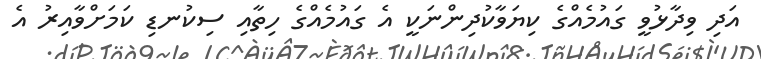
އަދި ވިދާޅުވީ ގައުމެއްގެ ކިޔަވާކުދިންނަކީ އެ ގައުމެއްގެ ހިތާއި ސިކުނޑި ކަމަށްވާއިރު އެ